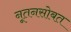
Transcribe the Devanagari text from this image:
नूतनसोबत